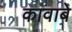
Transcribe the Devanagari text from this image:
कावाबे